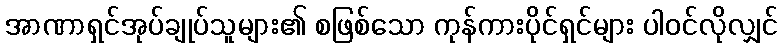
အာဏာရှင်အုပ်ချုပ်သူများ၏ စဖြစ်သော ကုန်ကားပိုင်ရှင်များ ပါဝင်လိုလျှင်